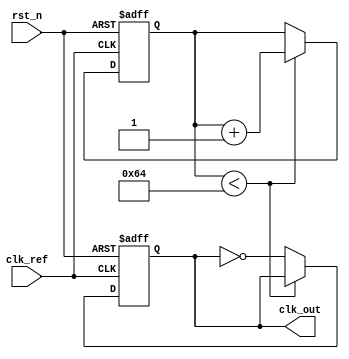
module pll (
    input wire clk_ref,         // Reference clock input
    input wire rst_n,          // Active low reset
    output reg clk_out         // Output clock
);

    // Parameters
    parameter integer VCO_MAX_FREQ = 100; // Maximum frequency for VCO
    parameter integer VCO_MIN_FREQ = 10;   // Minimum frequency for VCO
    parameter integer VCO_STEP = 1;         // Frequency step for VCO
    parameter integer LOCK_TIME = 100;      // Lock time in clock cycles

    // Internal signals
    reg [7:0] phase_error;       // Phase error signal
    reg [7:0] control_voltage;    // Control voltage for VCO
    reg [7:0] vco_freq;           // Current VCO frequency
    reg [7:0] lock_counter;       // Lock counter
    reg clk_feedback;             // Feedback clock signal

    // Phase Detector (PD)
    always @(posedge clk_ref or negedge rst_n) begin
        if (!rst_n) begin
            phase_error <= 0;
        end else begin
            // Simple phase detector logic
            if (clk_feedback) begin
                phase_error <= phase_error + 1; // Feedback clock is leading
            end else begin
                phase_error <= phase_error - 1; // Feedback clock is lagging
            end
        end
    end

    // Loop Filter (LF)
    always @(posedge clk_ref or negedge rst_n) begin
        if (!rst_n) begin
            control_voltage <= 0;
        end else begin
            // Simple integrative loop filter
            control_voltage <= control_voltage + phase_error;
            // Clamp control voltage
            if (control_voltage > VCO_MAX_FREQ) begin
                control_voltage <= VCO_MAX_FREQ;
            end else if (control_voltage < VCO_MIN_FREQ) begin
                control_voltage <= VCO_MIN_FREQ;
            end
        end
    end

    // Voltage-Controlled Oscillator (VCO)
    always @(posedge clk_ref or negedge rst_n) begin
        if (!rst_n) begin
            vco_freq <= VCO_MIN_FREQ;
            clk_out <= 0;
            lock_counter <= 0;
        end else begin
            // Adjust VCO frequency based on control voltage
            vco_freq <= control_voltage;

            // Generate output clock based on VCO frequency
            if (lock_counter < LOCK_TIME) begin
                lock_counter <= lock_counter + 1;
            end else begin
                clk_out <= ~clk_out; // Toggle output clock
            end
        end
    end

    // Feedback Mechanism
    always @(posedge clk_out or negedge rst_n) begin
        if (!rst_n) begin
            clk_feedback <= 0;
        end else begin
            clk_feedback <= clk_out; // Feedback the output clock
        end
    end

endmodule